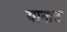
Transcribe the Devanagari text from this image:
यानात